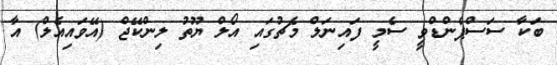
ބަކާ ސަސްޕެންޑްވީ ސެމީ ފައިނަލް މެޗުގައި އޯލް ޔޫތު ލިންކޭޖް (އޭވައިއެލް) އާ